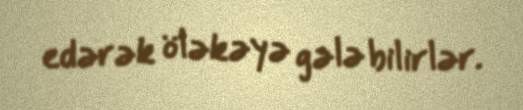
edərək öləkəyə gələ bilirlər.